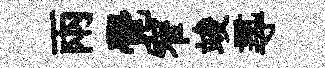
兩覺窄竣𡬶